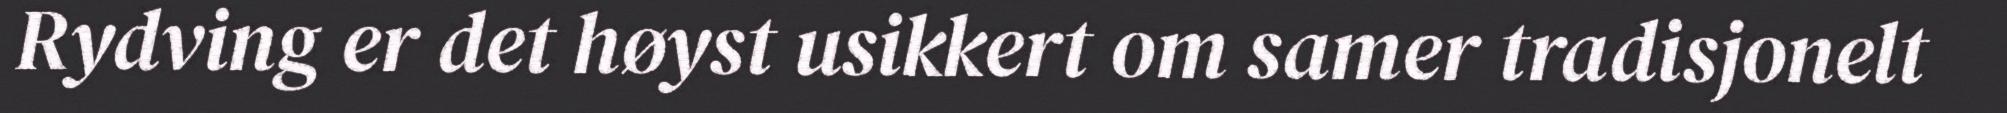
Rydving er det høyst usikkert om samer tradisjonelt